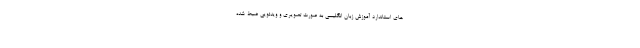
های استاندارد آموزش زبان انگلیسی به صورت تصویری و ویدئویی ضبط شده